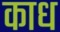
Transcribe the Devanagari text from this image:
काध